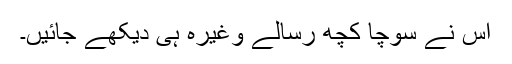
اس نے سوچا کچھ رسالے وغیرہ ہی دیکھے جائیں۔